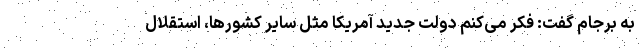
به برجام گفت: فکر می‌کنم دولت جدید آمریکا مثل سایر کشورها، استقلال